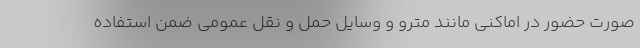
صورت حضور در اماکنی مانند مترو و وسایل حمل و نقل عمومی ضمن استفاده